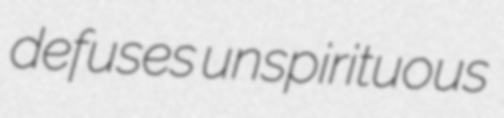
defuses unspirituous